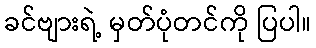
ခင်ဗျားရဲ့ မှတ်ပုံတင်ကို ပြပါ။